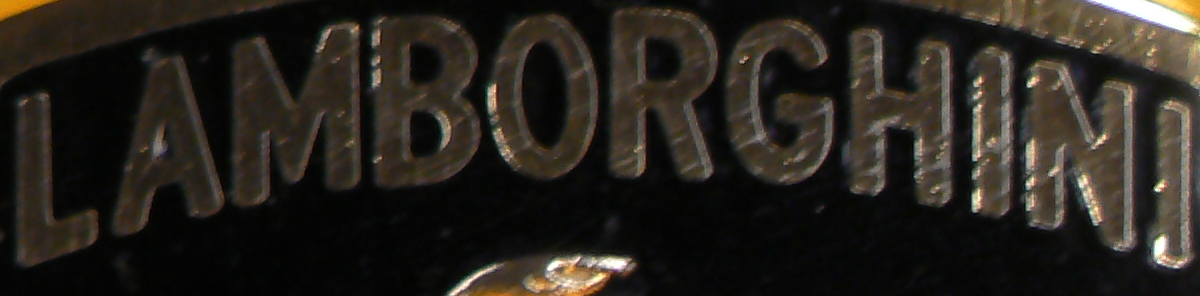
LAMBORGHINI